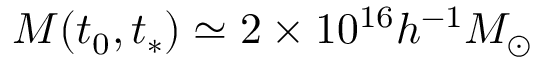
M ( t _ { 0 } , t _ { * } ) \simeq 2 \times 1 0 ^ { 1 6 } h ^ { - 1 } M _ { \odot }